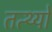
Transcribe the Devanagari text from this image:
तत्थ्यो